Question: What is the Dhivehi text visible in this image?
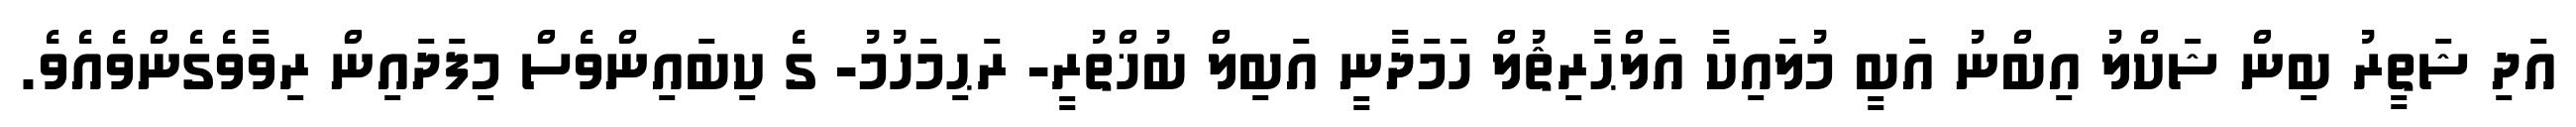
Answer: އަދި ޝަތީރު ބިން ޝަކްލު އިބްނު އަބީ މުލައިކާ އަލްޙާރިޘުލް ހަމަދާނީ އަބިލް ބުޚްތުރީ- ރަޙިމަހުމު- ގެ ކިބައިންވެސް މިފަދައިން ރިވާވެގެންވެއެވެ.